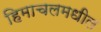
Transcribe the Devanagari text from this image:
हिमाचलमधील